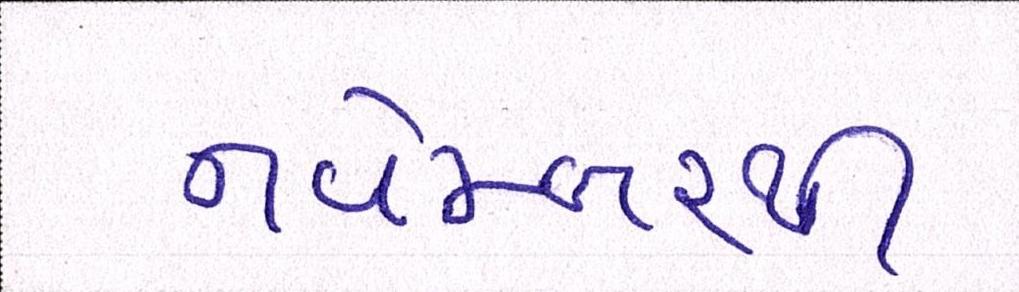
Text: નવેમ્બરથી